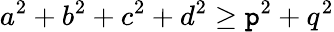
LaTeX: a^{2}+b^{2}+c^{2}+d^{2}\geq\mathtt{p}^{2}+q^{2}